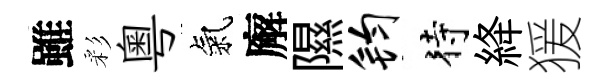
雖彩粤氣廨隰钧待絳猨